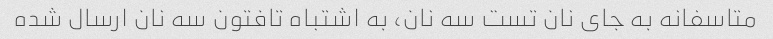
متاسفانه به جای نان تست سه نان، به اشتباه تافتون سه نان ارسال شده